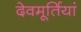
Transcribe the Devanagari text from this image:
देवमूर्तियां